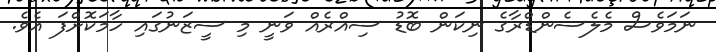
ނަމަވެސް މެލެސެންޑްރާގެ ނިކަން ބޮޑު ސިއްރެއް ވަނީ މި ސީޒަނުގައި ހާމަކޮށްފަ އެވެ.